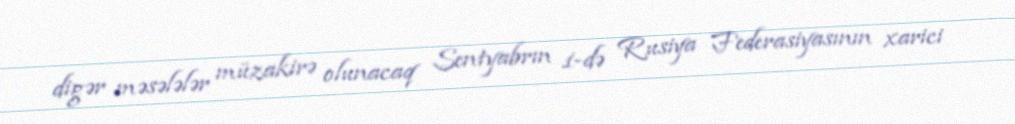
digər məsələlər müzakirə olunacaq Sentyabrın 1-də Rusiya Federasiyasının xarici